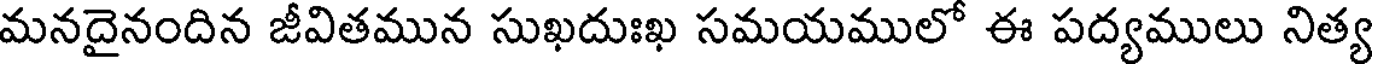
మనదైనందిన జీవితమున సుఖదుఃఖ సమయములో ఈ పద్యములు నిత్య